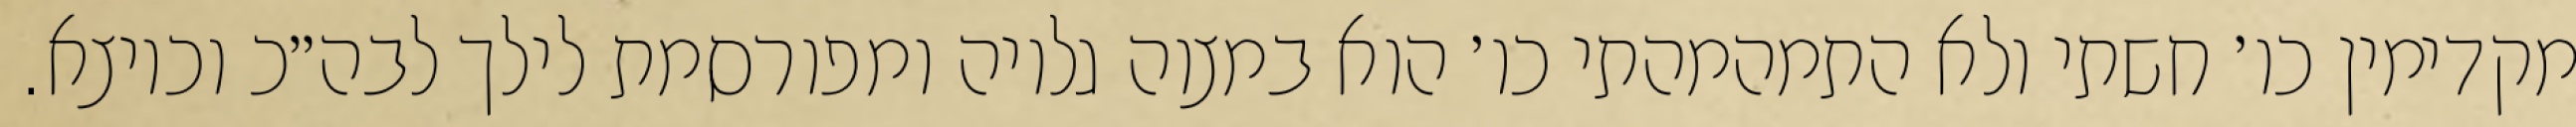
מקדימין כו׳ חשתי ולא התמהמהתי כו׳ הוא במצוה גלויה ומפורסמת לילך לבה״כ וכיוצא.